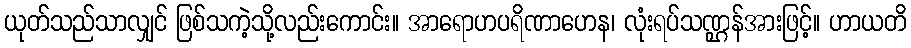
ယုတ်သည်သာလျှင် ဖြစ်သကဲ့သို့လည်းကောင်း။ အာရောဟပရိဏာဟေန၊ လုံးရပ်သဏ္ဌန်အားဖြင့်။ ဟာယတိ